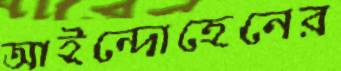
আইন্দোহেনের